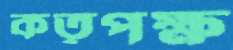
কতৃপক্ষ